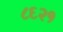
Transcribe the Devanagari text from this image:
८६२१